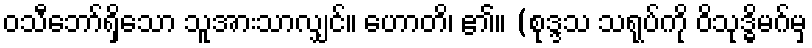
ဝသီဘော်ရှိသော သူအားသာလျှင်။ ဟောတိ၊ ၏။ (စုဒ္ဒသ သရုပ်ကို ဝိသုဒ္ဓိမဂ်မှ